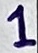
Text: 1